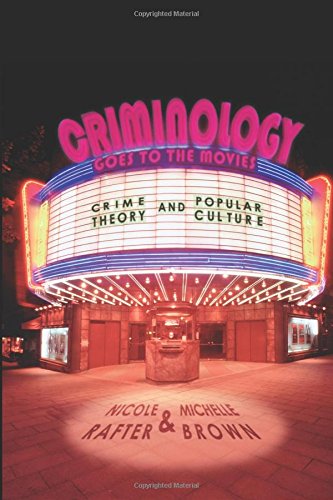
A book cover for Criminology Goes to the Movies: Crime Theory and Popular Culture; Nicole Rafter; Law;